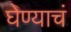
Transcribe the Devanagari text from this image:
घेण्याचं